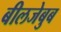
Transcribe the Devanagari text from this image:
बीलजेबुब